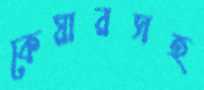
কেয়ারসহ